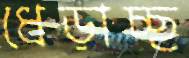
ধেড়াচ্ছ